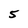
Character: 5